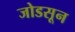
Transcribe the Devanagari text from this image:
जोडसून